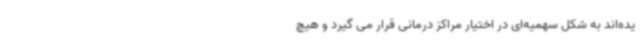
یده‌اند به شکل سهمیه‌ای در اختیار مراکز درمانی قرار می گیرد و هیچ